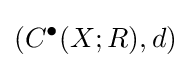
(C^{\bullet }(X;R),d)